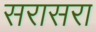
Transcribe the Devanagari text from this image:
सरासरा